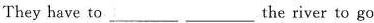
They have to ___ ___ the river to go